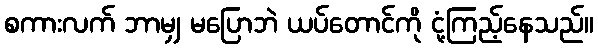
စကားလက် ဘာမျှ မပြောဘဲ ယပ်တောင်ကို ငုံ့ကြည့်နေသည်။